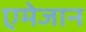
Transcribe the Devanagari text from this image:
एमेजान